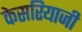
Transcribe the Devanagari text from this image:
केसरियाजी